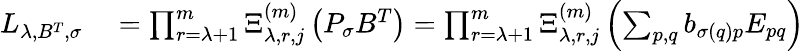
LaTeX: \begin{array}{rl}{L_{\lambda,B^{T},\sigma}}&{{}=\prod_{r=\lambda+1}^{m}\Xi_{\lambda,r,j}^{(m)}\left(P_{\sigma}B^{T}\right)=\prod_{r=\lambda+1}^{m}\Xi_{\lambda,r,j}^{(m)}\left(\sum_{p,q}b_{\sigma(q)p}E_{pq}\right)}\end{array}